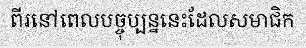
ពីរនៅពេលបច្ចុប្បន្ននេះដែលសមាជិក